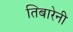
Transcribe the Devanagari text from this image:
तिबारेनी